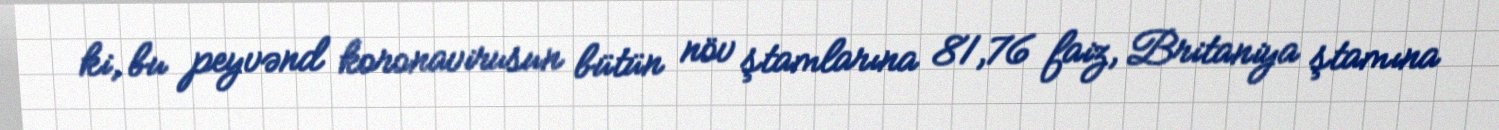
ki, bu peyvənd koronavirusun bütün növ ştamlarına 81,76 faiz, Britaniya ştamına